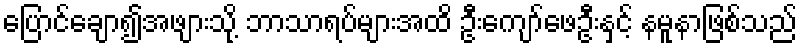
ပြောင်ချော၍အဖျားသို့ ဘာသာရပ်များအထိ ဦးကျော်ဖေဦးနှင့် နမူနာဖြစ်သည်